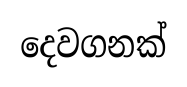
දෙවගනක්